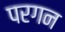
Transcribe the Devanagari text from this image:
परगन